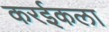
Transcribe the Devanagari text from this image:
करईकला